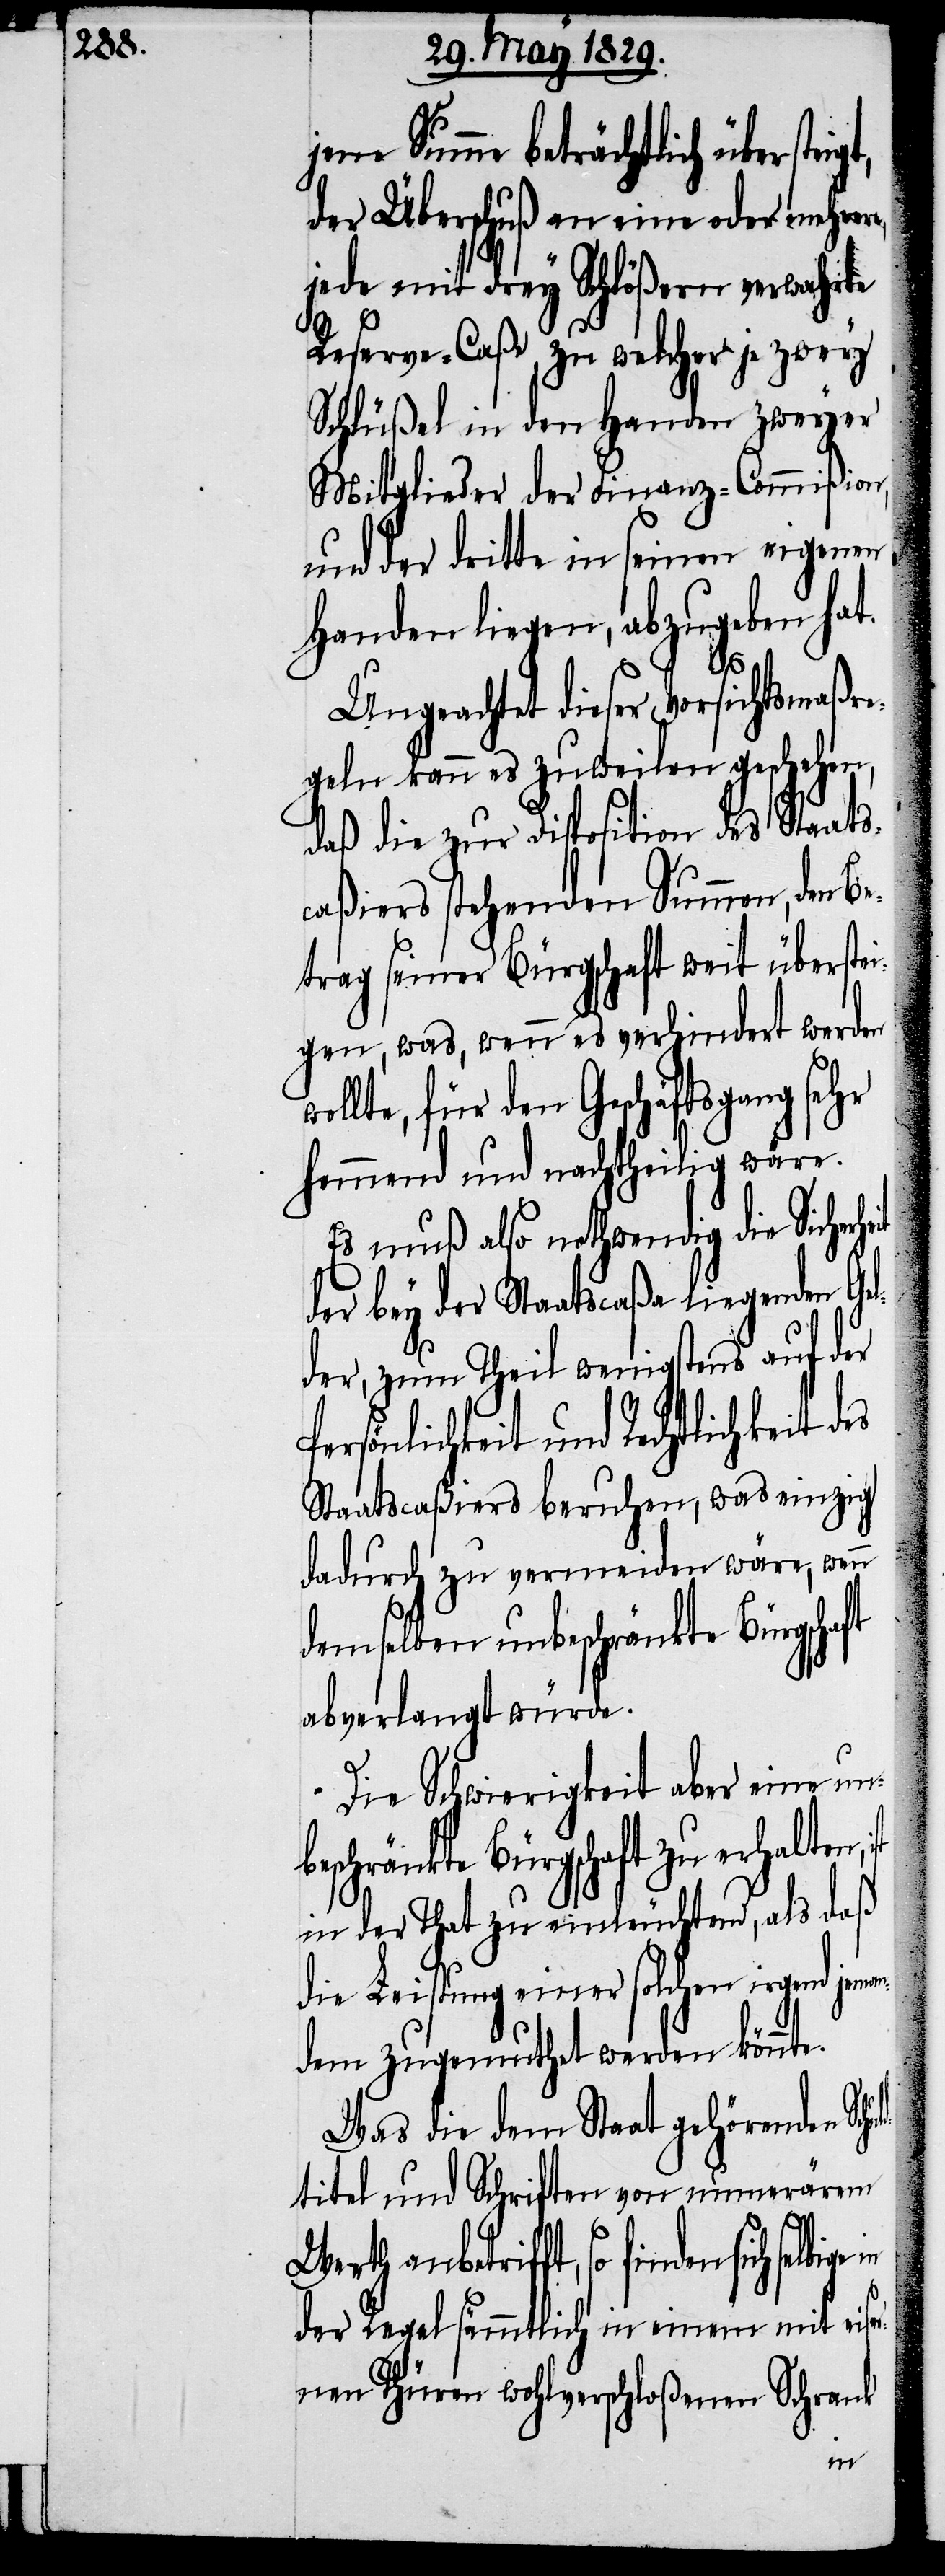
jene Summe beträchtlich überstei¬
der Überschuß an eine oder mehrere,
jede mit drey Schlößern verwahrte
Reserve-Caße, zu welcher je zwey
Schlüßel in den Handen zweyer
Mitglieder der Finanz-Commißion,
und der dritte in seiner eigenen
Handen liegen, abzugeben hat.
uld¬
Ungeachtet dieser Vorsichtsmaßre¬
geln kann es zuweilen geschehen,
daß die zur Disposition des Staats¬
caßiers stehenden Summen, den Be¬
trag seiner Bürgschaft weit überstei¬
gen, was, wenn es verhindert werden
ollte, für den Geschäftsgang sehr
hemmend und nachtheilig wäre.
Es muß also nothwendig die Sicherh¬
der bey der Staatscaßa liegenden Gel¬
der, zum Theil wenigstens auf der
ersönlichkeit und Rechtlichkeit
Staatscaßiers beruhen, was einzig
dadurch zu vermeiden wäre, wenn
demselben unbeschränkte Bürgscha¬
abverlangt würde.
Die Schwierigkeit aber eine unb¬
eschränkte Bürgschaft zu erhalten,
in der That zu einleuchtend, als daß
die Leistung einer solchen irgend
dem zugemuthet werden könnte.
Was die dem Staat gehörenden Sch¬
titel und Schriften von numerären
sich selbige in
der Regel sämmtlich in einem mit eise¬
nen Thüren wohlverschloßenen Schrank
jeman¬